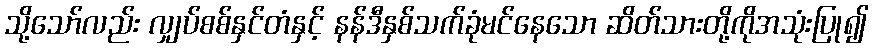
သို့သော်လည်း လျှပ်စစ်နှင်တံနှင့် နန်ဒီနှစ်သက်ခုံမင်နေသော ဆိတ်သားတို့ကိုအသုံးပြု၍